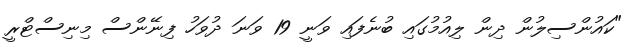
"ކައުންސިލުން ދިން ލިއުމުގައި ބުނެފައި ވަނީ 19 ވަނަ ދުވަހު ފިނޭންސް މިނިސްޓްރީ